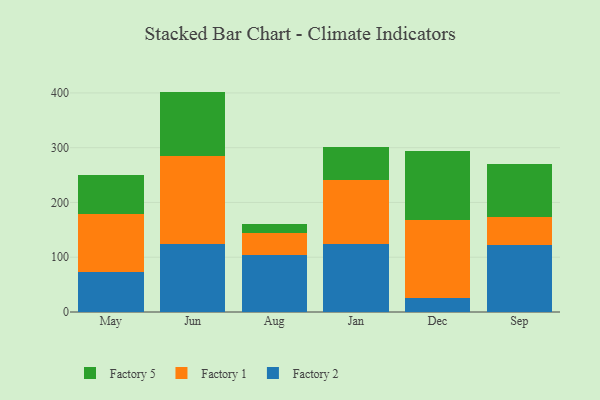
{"axis": {"x": "Month", "y": "Budget (USD K)"}, "legend": ["Factory 1", "Factory 2", "Factory 5"], "data": [{"x": "May", "y": 72.2, "type": "Factory 2"}, {"x": "May", "y": 106.5, "type": "Factory 1"}, {"x": "May", "y": 71.8, "type": "Factory 5"}, {"x": "Jun", "y": 123.7, "type": "Factory 2"}, {"x": "Jun", "y": 160.6, "type": "Factory 1"}, {"x": "Jun", "y": 118.1, "type": "Factory 5"}, {"x": "Aug", "y": 104.1, "type": "Factory 2"}, {"x": "Aug", "y": 40.0, "type": "Factory 1"}, {"x": "Aug", "y": 16.8, "type": "Factory 5"}, {"x": "Jan", "y": 123.9, "type": "Factory 2"}, {"x": "Jan", "y": 116.5, "type": "Factory 1"}, {"x": "Jan", "y": 61.3, "type": "Factory 5"}, {"x": "Dec", "y": 26.3, "type": "Factory 2"}, {"x": "Dec", "y": 142.4, "type": "Factory 1"}, {"x": "Dec", "y": 125.7, "type": "Factory 5"}, {"x": "Sep", "y": 122.4, "type": "Factory 2"}, {"x": "Sep", "y": 50.9, "type": "Factory 1"}, {"x": "Sep", "y": 96.9, "type": "Factory 5"}]}